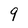
Character: 9